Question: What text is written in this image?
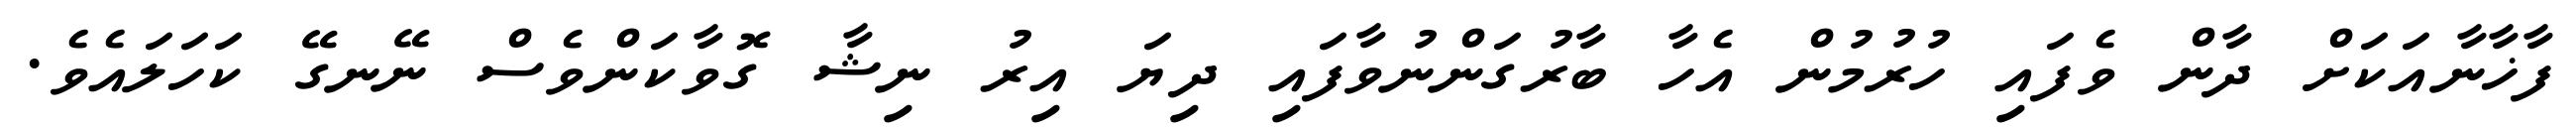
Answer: ފާޚާނާއަކަށް ދާން ވެފައި ހުރުމުން އެހާ ބާރުގަންނުވާފައި ދިޔަ އިރު ނިޝާ ގޮވާކަންވެސް ނޭނގޭ ކަހަލައެވެ.